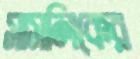
সাসলিকের